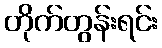
တိုက်တွန်းရင်း